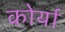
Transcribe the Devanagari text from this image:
कोर्या